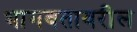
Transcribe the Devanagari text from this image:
भागवतावरील